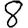
Digit: 8